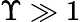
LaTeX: \Upsilon\gg 1